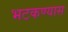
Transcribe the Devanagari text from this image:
भटकण्यास